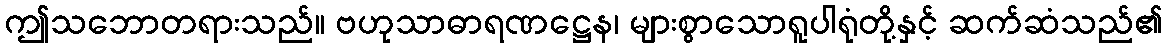
ဤသဘောတရားသည်။ ဗဟုသာဓာရဏဋ္ဌေန၊ များစွာသောရူပါရုံတို့နှင့် ဆက်ဆံသည်၏